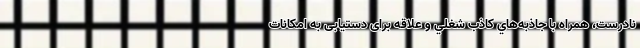
نادرست، همراه با جاذبه‌هاي كاذب شغلي و علاقه برای دستیابی به امکانات